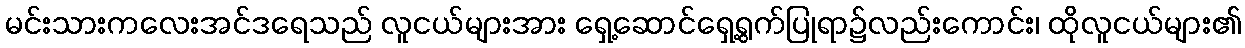
မင်းသားကလေးအင်ဒရေသည် လူငယ်များအား ရှေ့ဆောင်ရှေ့ရွက်ပြုရာ၌လည်းကောင်း၊ ထိုလူငယ်များ၏